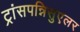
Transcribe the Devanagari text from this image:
ट्रांसपन्निसुएलर